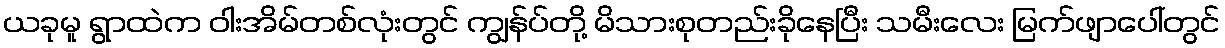
ယခုမူ ရွာထဲက ဝါးအိမ်တစ်လုံးတွင် ကျွန်ပ်တို့ မိသားစုတည်းခိုနေပြီး သမီးလေး မြက်ဖျာပေါ်တွင်